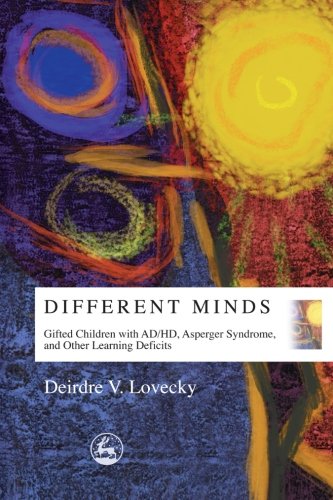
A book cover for Different Minds: Gifted Children With Ad/Hd, Asperger Syndrome, and Other Learning Deficits; Deirdre V. Lovecky; Health, Fitness & Dieting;